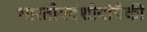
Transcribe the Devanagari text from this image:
भारतीयवंशीयांपैकी